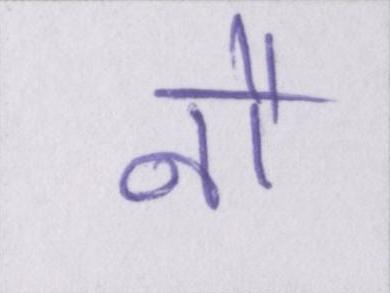
नौ